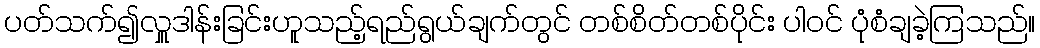
ပတ်သက်၍လှူဒါန်းခြင်းဟူသည့်ရည်ရွယ်ချက်တွင် တစ်စိတ်တစ်ပိုင်း ပါဝင် ပုံစံချခဲ့ကြသည်။